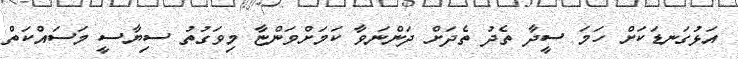
އަޅުގަނޑަކަށް ހަމަ ސީދާ ތެދު ތެދަށް ދަންނަވާ ކަމަށްވަންޏާ މިވަގުތު ސިޔާސީ މަސައްކަތް